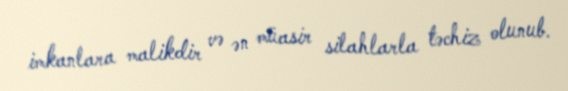
imkanlara malikdir və ən müasir silahlarla təchiz olunub.